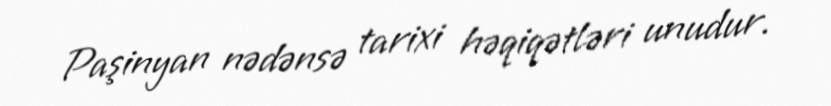
Paşinyan nədənsə tarixi həqiqətləri unudur.